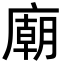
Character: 廟